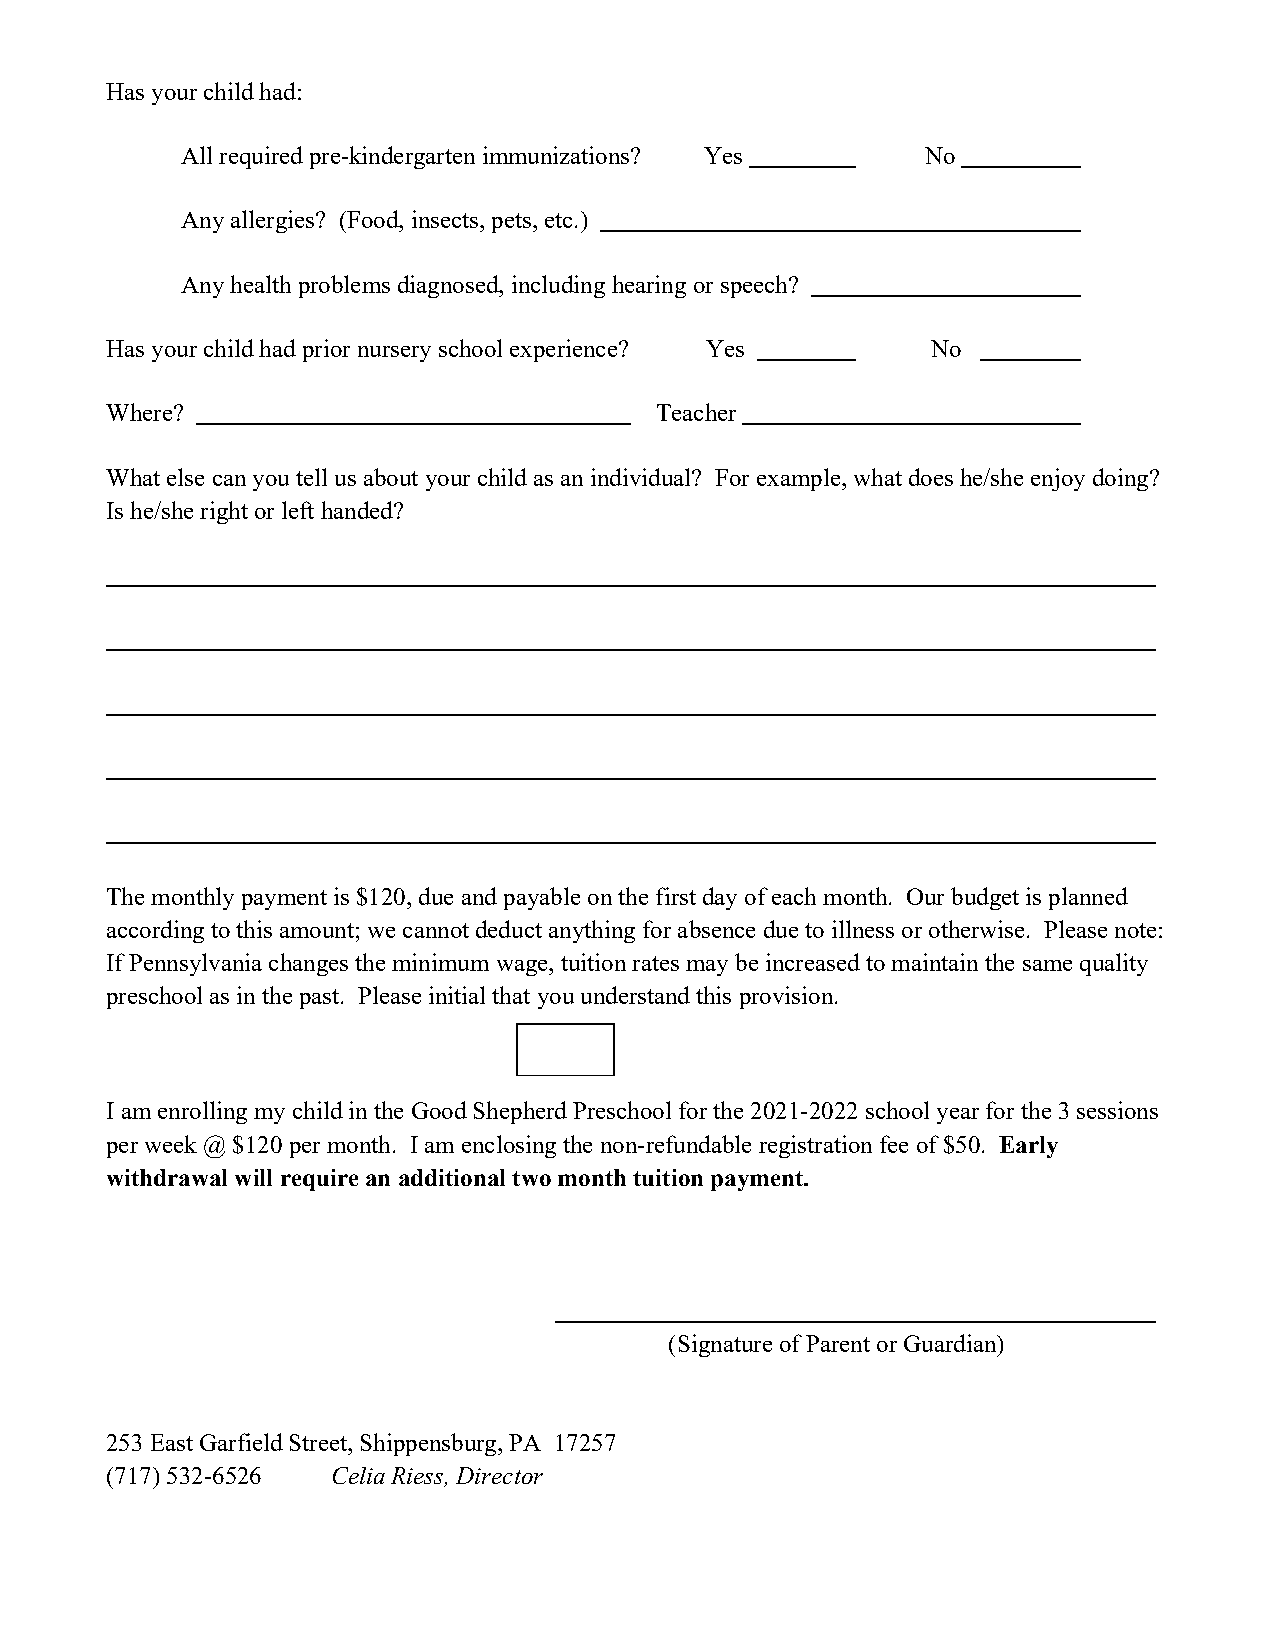
Has your child had:
 All required pre-kindergarten immunizations? Yes No
 Any allergies? (Food, insects, pets, etc.)
 Any health problems diagnosed, including hearing or speech?
 Has your child had prior nursery school experience? Yes No
 Where?                              Teacher
 What else can you tell us about your child as an individual? For example, what does he/she enjoy doing?
 Is he/she right or left handed?
 The monthly payment is $120, due and payable on the first day of each month. Our budget is planned
 according to this amount; we cannot deduct anything for absence due to illness or otherwise. Please note:
 If Pennsylvania changes the minimum wage, tuition rates may be increased to maintain the same quality
 preschool as in the past. Please initial that you understand this provision.
 I am enrolling my child in the Good Shepherd Preschool for the 2021-2022 school year for the 3 sessions
 per week @ $120 per month. I am enclosing the non-refundable registration fee of $50. Early
 withdrawal will require an additional two month tuition payment.
 (Signature of Parent or Guardian)
 253 East Garfield Street, Shippensburg, PA 17257
 (717) 532-6526 Celia Riess, Director